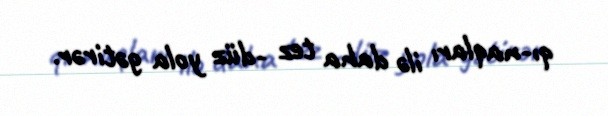
qı­naqları ilə daha tez ­düz yola gətirər.